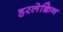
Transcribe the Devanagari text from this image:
हरलेक्विन